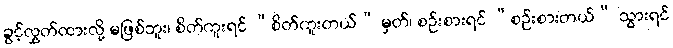
ခွင့်လွှတ်ထားလို့ မဖြစ်ဘူး၊ စိတ်ကူးရင် “စိတ်ကူးတယ်” မှတ်၊ စဉ်းစားရင် “စဉ်းစားတယ်” သွားရင်